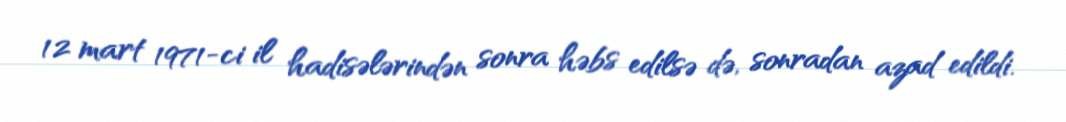
12 mart 1971-ci il hadisələrindən sonra həbs edilsə də, sonradan azad edildi.